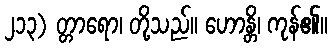
၂၁၃) တ္တာရော၊ တို့သည်။ ဟောန္တိ၊ ကုန်၏။